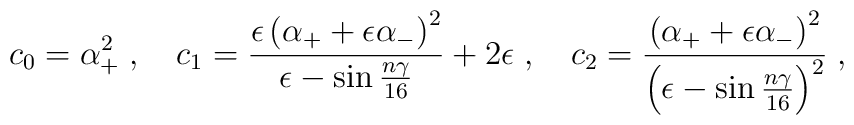
c_0=\alpha^2_{+}\;,\quad c_1=\frac{\epsilon\left(\alpha_{+}+\epsilon\alpha_{-}\right)^2}{\epsilon-\sin\frac{n\gamma}{16}}+2\epsilon\;,\quad c_2=\frac{\left(\alpha_{+}+\epsilon\alpha_{-}\right)^2}{\left(\epsilon-\sin\frac{n\gamma}{16}\right)^2}\;,